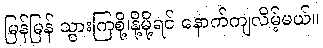
မြန်မြန် သွားကြစို့၊နို့မို့ရင် နောက်ကျလိမ့်မယ်။